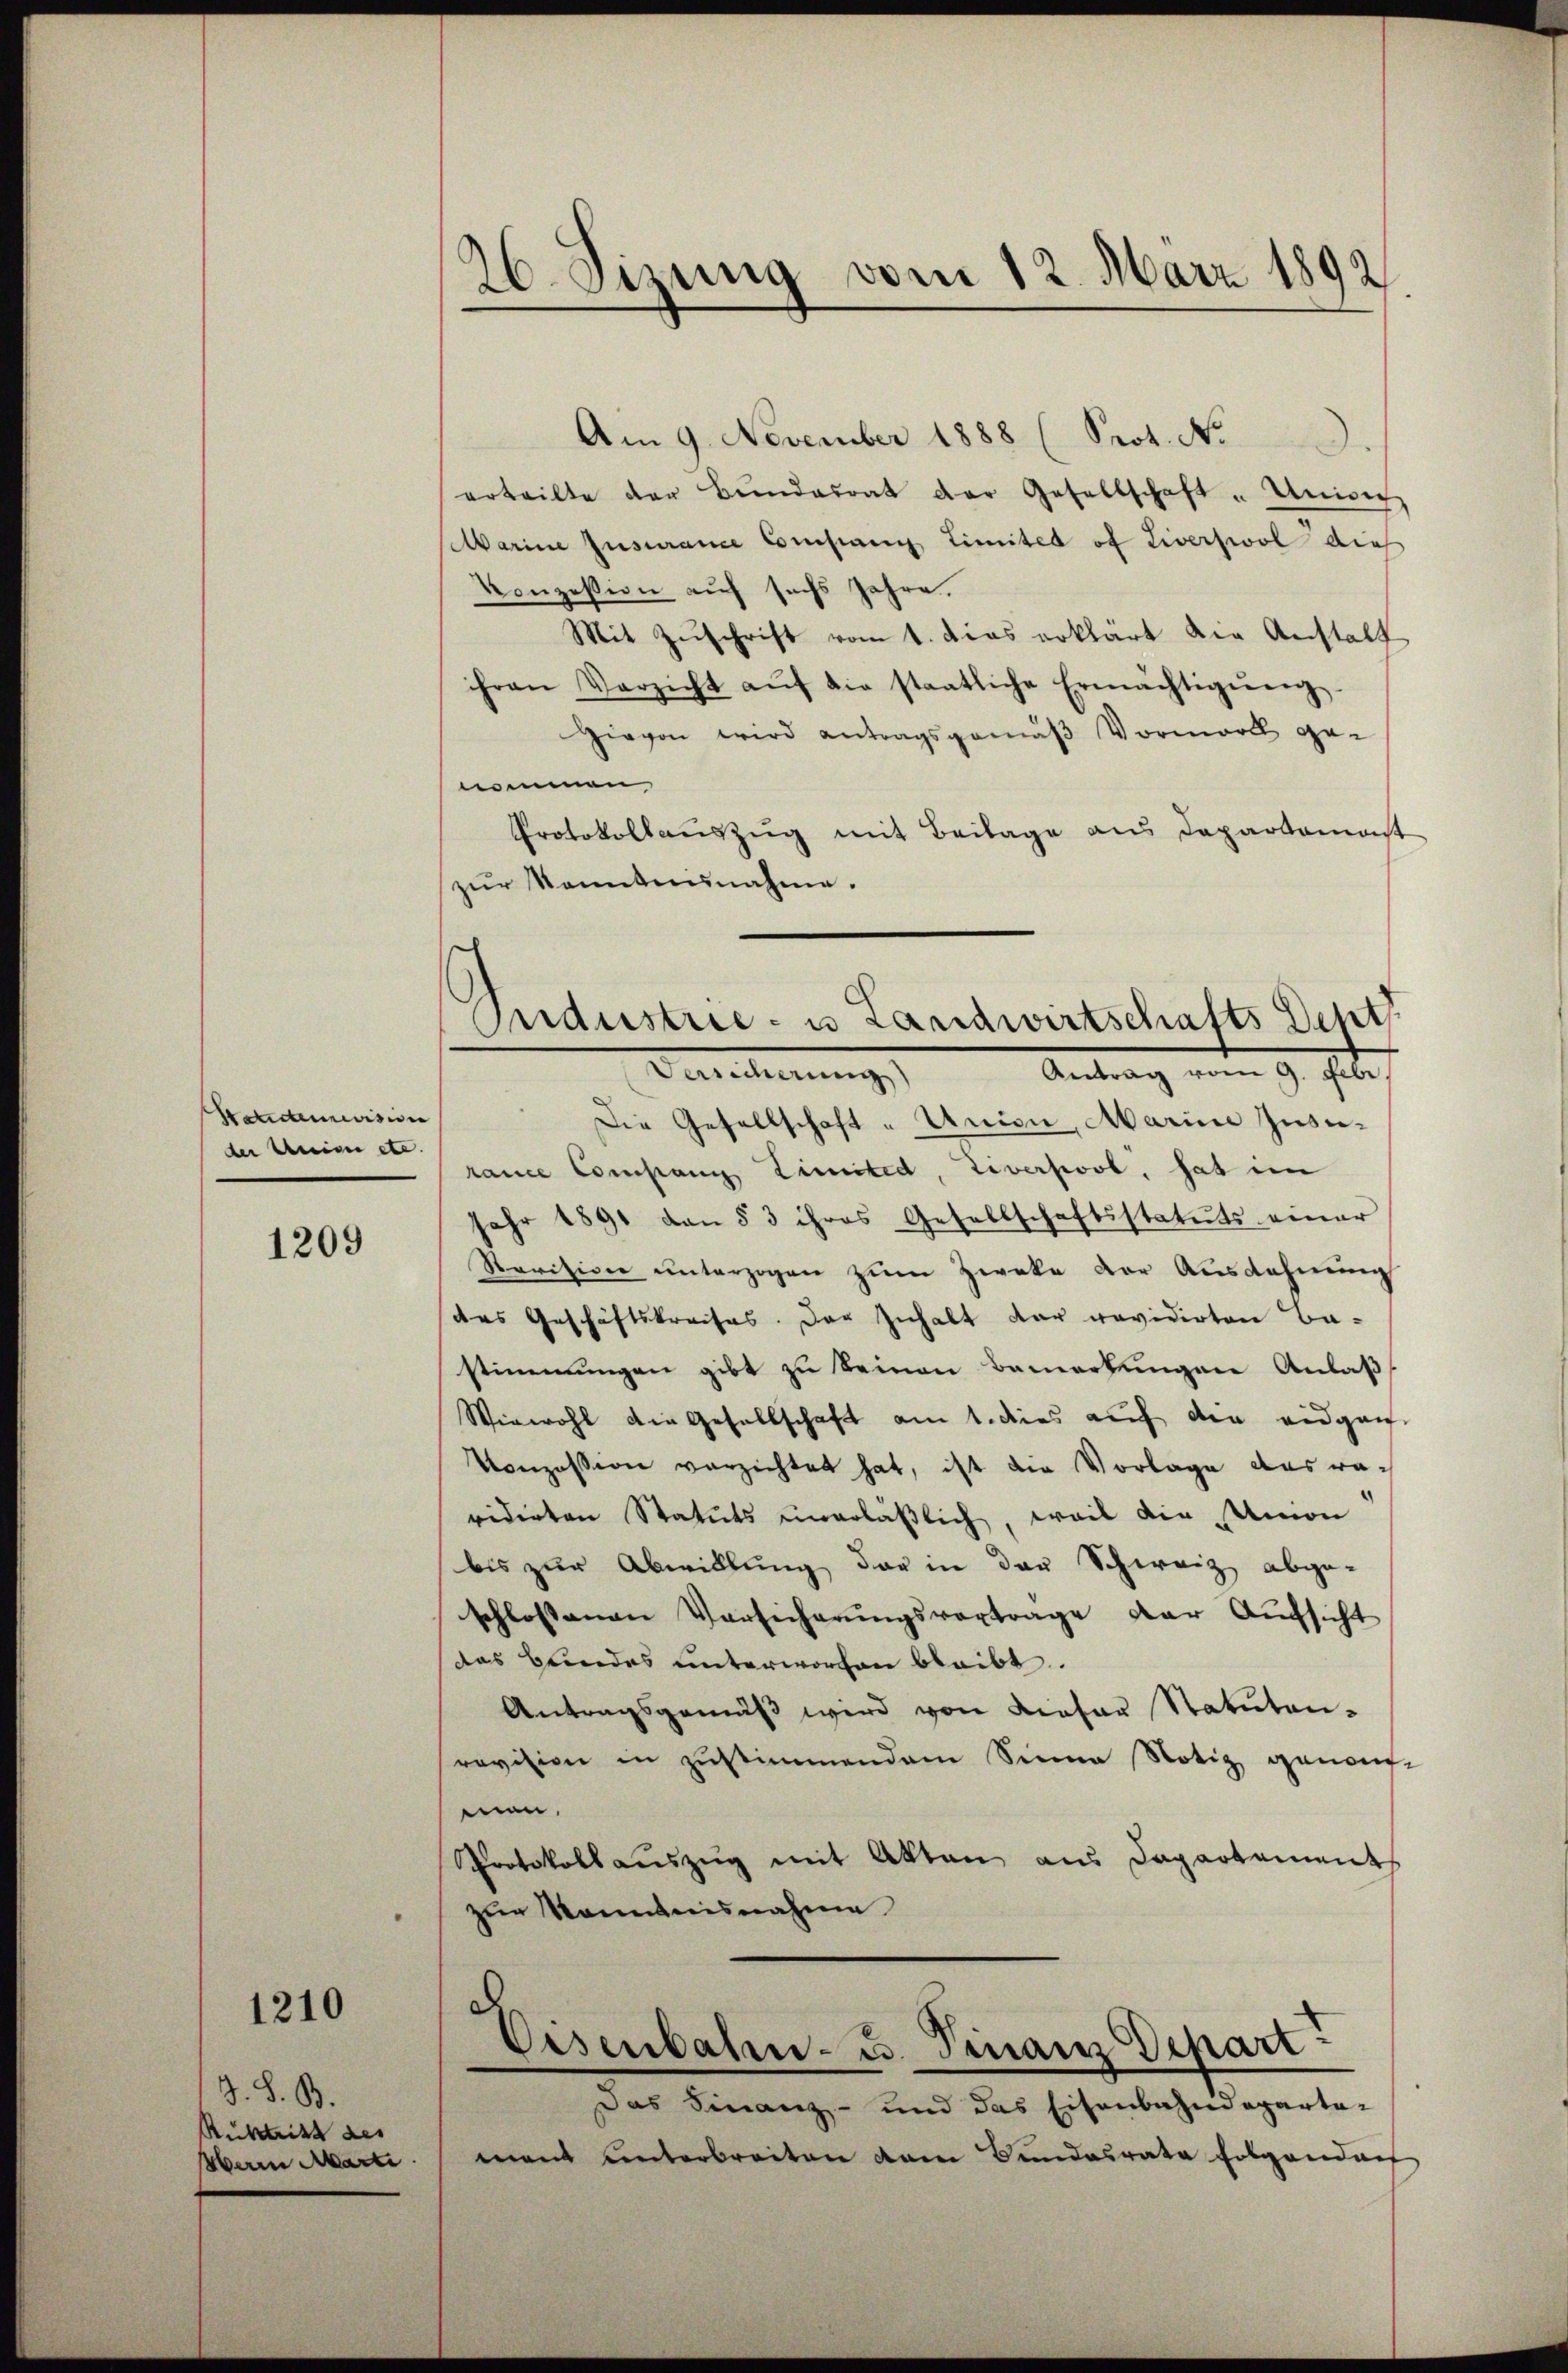
Pendenevision
der Univer etc.

1209

1210

J. S. B.
Rücktritt des
Herrn Marti

26. Sizung vom 12. März 1892

Am 9. November 1888 (Prot. No
erteilte der Bŭndesrat der Gesellschaft " Univer
Marine Jusurance Company Limites of Liverswol dies
Konzession auf sechs Jahre.
Mit Zuschrift vom 1. Das erklärt die Anstalt
ihren Verzicht aŭf die staatliche Ermächtigŭng
Hievon wird antragsgemäβ Vormord ge-
nommen,
Protokollauszug mit Beilage aus Departamast
zŭr Kenntnunahme.

Endustrie- u Landwirtschafts Dept
Antrag vom 9. Febr.
Vaterlierung,

Die Gesellschaft - Union, Marine Jusirance Company Limited, Liversool, hat ein
Jahr 1891 von § 3 ihres Gesellschaftsstatuts einer
Revision ŭnterzogen zŭm Zweke der Ausdehnung
das Geschäftskreises. Der Inhalt der revidirten Ba-
stimmungen gibt zu keinen Bemerkungen Anlaß
Wiewohl die Gesellschaft am 1. dies auf die eidgan
Konzession verzichtet hat, ist die Vorlage ausravidirten Statuts unerläßlich, weil die Union
bis zur Abwillung der in der Schweiz abge-
schlossenen Versicherŭngsvortrage der Aŭfsicht
das Beindes unterworfen bleibt.
Antragsgemäß wird von Liefer Statuten-
revision in zustimmendem Sinne Notiz genauf-
mon.
Protokollauszug mit Akten aus Dapartement
zur Kenntnisnahme

d
Eisenbahn- u. Finanz Depart?

Das Finanz- und das Eisenbahndeparta-
mant unterbreiten dem Bundesrate folgenden